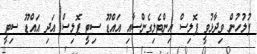
ފުލުހުން ވިދާޅުވީ ޕޮލިސް އިންޓެލިގެންސާއި އައްޑޫ ސިޓީ ޕޮލިސް އަދި އައްޑޫ ސިޓީ